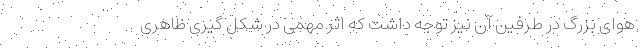
هوای بزرگ در طرفین آن نیز توجه داشت که اثر مهمی در شکل گیری ظاهری